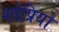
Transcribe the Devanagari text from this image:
शोप्रियो